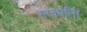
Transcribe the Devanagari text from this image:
गजपति।